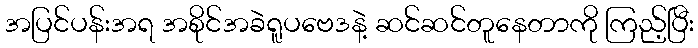
အပြင်ပန်းအရ အစိုင်အခဲရူပဗေဒနဲ့ ဆင်ဆင်တူနေတာကို ကြည့်ပြီး